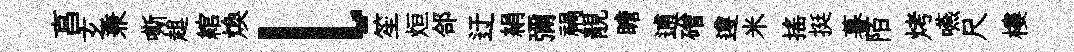
亯𤣥兼嘶趄綰煥l笙烜郃迂絹彌禍靚瞻逋磳遵米摇挺暮陌烤嚥尺樓